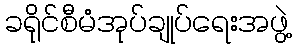
ခရိုင်စီမံအုပ်ချုပ်ရေးအဖွဲ့